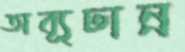
অব্যূঢান্ন